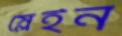
স্লেইন